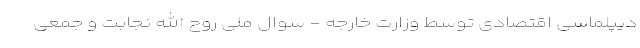
دیپلماسی اقتصادی توسط وزارت خارجه - سوال ملی روح الله نجابت و جمعی